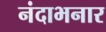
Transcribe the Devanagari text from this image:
नंदाभनार